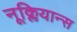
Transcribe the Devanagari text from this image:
नूक्लियान्स